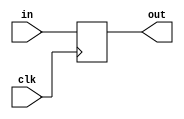
module pipeline(

	input clk,
	input [31:0] in,
	
	output reg [31:0] out
	
);

always @(posedge clk) begin
	out <= in;
end

endmodule